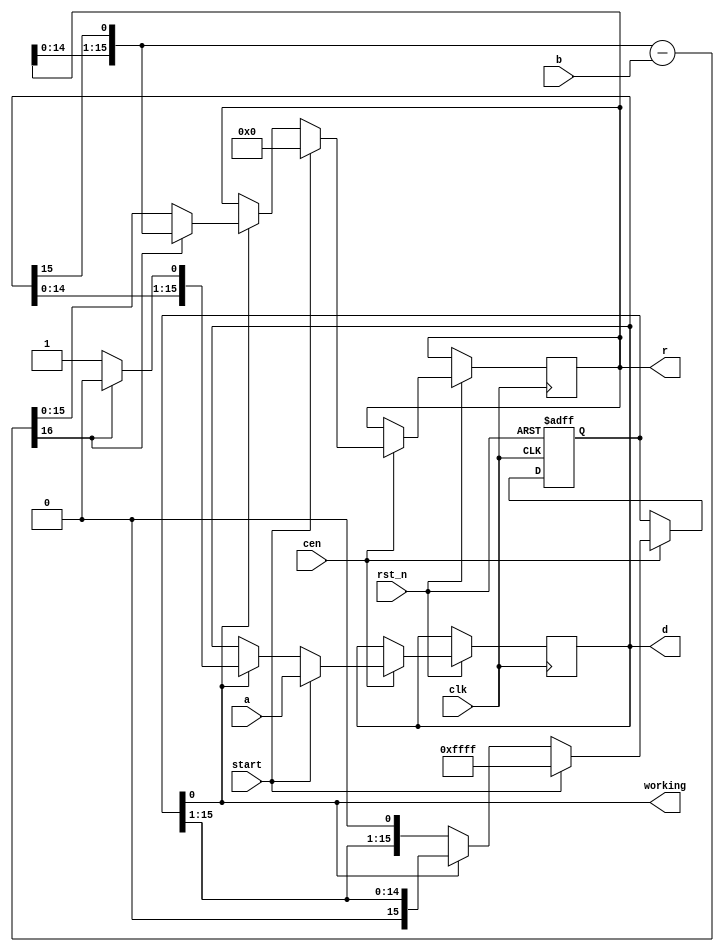
module jt10_adpcm_div #(parameter dw=16)(
    input               rst_n,
    input               clk,    // CPU clock
    input               cen,
    input               start,  // strobe
    input      [dw-1:0] a,
    input      [dw-1:0] b,
    output reg [dw-1:0] d,
    output reg [dw-1:0] r,
    output              working
);

reg  [dw-1:0] cycle;
assign working = cycle[0];

wire [dw:0] sub = { r[dw-2:0], d[dw-1] } - b;  

always @(posedge clk or negedge rst_n)
    if( !rst_n ) begin
        cycle <= 'd0;
    end else if(cen) begin
        if( start ) begin
            cycle <= ~16'd0;
            r     <=  16'd0;
            d     <= a;
        end else if(cycle[0]) begin
            cycle <= { 1'b0, cycle[dw-1:1] };
            if( sub[dw] == 0 ) begin
                r <= sub[dw-1:0];
                d <= { d[dw-2:0], 1'b1};
            end else begin
                r <= { r[dw-2:0], d[dw-1] };
                d <= { d[dw-2:0], 1'b0 };
            end
        end
    end

endmodule